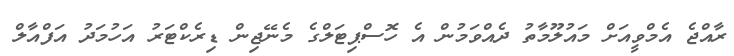
ރާއްޖެ އެމްވީއަށް މައުލޫމާތު ދެއްވަމުން އެ ހޮސްޕިޓަލްގެ މެނޭޖިން ޑިރެކްޓަރު އަހުމަދު އަފްއާލް